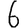
Digit: 6